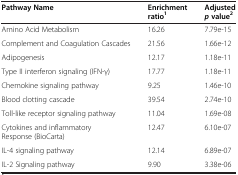
<table><thead><tr><td><b>Pathway Name</b></td><td><b>Enrichment ratio<sup>1</sup></b></td><td><b>Adjusted<i>p</i>value<sup>2</sup></b></td></tr></thead><tbody><tr><td>Amino Acid Metabolism</td><td>16.26</td><td>7.79e-15</td></tr><tr><td>Complement and Coagulation Cascades</td><td>21.56</td><td>1.66e-12</td></tr><tr><td>Adipogenesis</td><td>12.17</td><td>1.18e-11</td></tr><tr><td>Type II interferon signaling (IFN-γ)</td><td>17.77</td><td>1.18e-11</td></tr><tr><td>Chemokine signaling pathway</td><td>9.25</td><td>1.46e-10</td></tr><tr><td>Blood clotting cascade</td><td>39.54</td><td>2.74e-10</td></tr><tr><td>Toll-like receptor signaling pathway</td><td>11.04</td><td>1.69e-08</td></tr><tr><td>Cytokines and inflammatory Response (BioCarta)</td><td>12.47</td><td>6.10e-07</td></tr><tr><td>IL-4 signaling pathway</td><td>12.14</td><td>6.89e-07</td></tr><tr><td>IL-2 Signaling pathway</td><td>9.90</td><td>3.38e-06</td></tr></tbody></table>